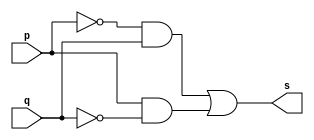
// Exercicio06 - XOR  
// Nome: Roger Rubens Machado 

// -- xor gate

module xorgate(output s, input p, input q);
 assign s = ((~p)&q) | (p&(~q));
endmodule // xorgate

module testxorgate;
 reg a, b;
 wire s;
 
xorgate XOR1 (s, a, b);
 
initial begin: start
	a = 0;
	b = 0;
end

initial begin: main
	$display("Exercicio06 - Roger Rubens Machado - 430533"); 
	$display("Test xor gate");
	$display("\n\t\t\t((~a)&b) | (a&(~b)) = s\n");
	$monitor("%d\t((~%b)&%b) | (%b&(~%b)) = %b", $time,a, b, a, b, s);
	#1 a = 0; b = 0;
	#1 a = 0; b = 1;
	#1 a = 1; b = 0;
	#1 a = 1; b = 1;
end
endmodule // testxorgate